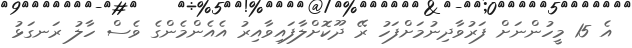
އެ 15 މީހުންނަށް ފަރުވާދިނުމަށްފަހު ރޭ ދޫކޮށްލާފައިވާއިރު އެއެންމެންގެ ވެސް ހާލު ރަނގަޅު